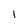
Character: l